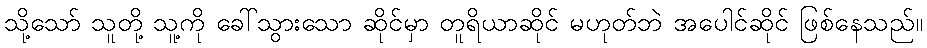
သို့သော် သူတို့ သူ့ကို ခေါ်သွားသော ဆိုင်မှာ တူရိယာဆိုင် မဟုတ်ဘဲ အပေါင်ဆိုင် ဖြစ်နေသည်။